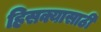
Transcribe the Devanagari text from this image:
हिसक्यासाठी